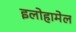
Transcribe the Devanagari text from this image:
इलोहामेल